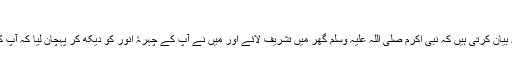
منکر کے خلاف اُٹھنا
حضرت عائشہ صدیقہؓ بیان کرتی ہیں کہ نبی اکرم صلی اللہ علیہ وسلم گھر میں تشریف لائے اور میں نے آپؐ کے چہرۂ انور کو دیکھ کر پہچان لیا کہ آپؐ کچھ فرمانے والے ہیں۔